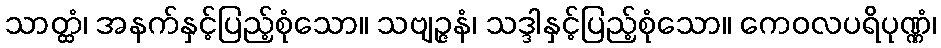
သာတ္ထံ၊ အနက်နှင့်ပြည့်စုံသော။ သဗျဉ္ဇနံ၊ သဒ္ဒါနှင့်ပြည့်စုံသော။ ကေဝလပရိပုဏ္ဏံ၊